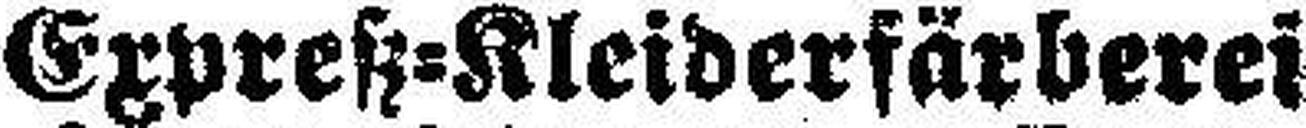
Expreß=Kleiderfärberei